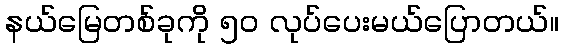
နယ်မြေတစ်ခုကို ၅၀ လုပ်ပေးမယ်ပြောတယ်။